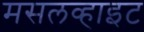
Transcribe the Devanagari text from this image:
मसलव्हाइट